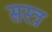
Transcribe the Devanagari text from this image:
सस्त्र